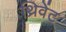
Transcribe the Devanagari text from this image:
थ्रिवेंट